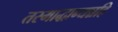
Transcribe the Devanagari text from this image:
तस्माद्धान्यन्नहि